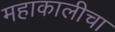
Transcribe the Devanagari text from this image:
महाकालीचा